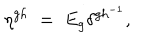
LaTeX: \eta ^ { g h } \; = \; E _ { g } \delta ^ { g h ^ { - 1 } } ,